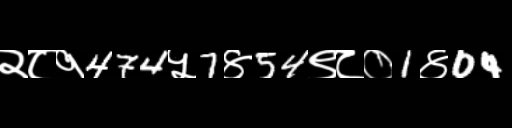
Text: २८१474५7४54९८०1४04